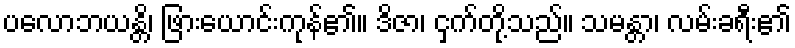
ပလောဘယန္တိ၊ ဖြားယောင်းကုန်၏။ ဒိဇာ၊ ငှက်တို့သည်။ သမန္တာ၊ လမ်းခရီး၏